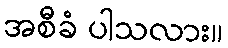
အစီခံ ပါသလား။